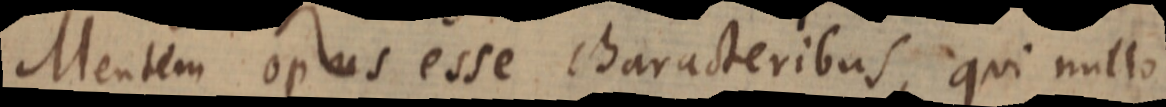
Mentem opus esse characteribus, qui nullo